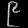
Digit: ၉